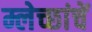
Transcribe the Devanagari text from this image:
म्लेच्छांचें